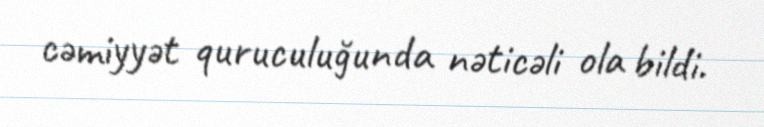
cəmiyyət quruculuğunda nəticəli ola bildi.